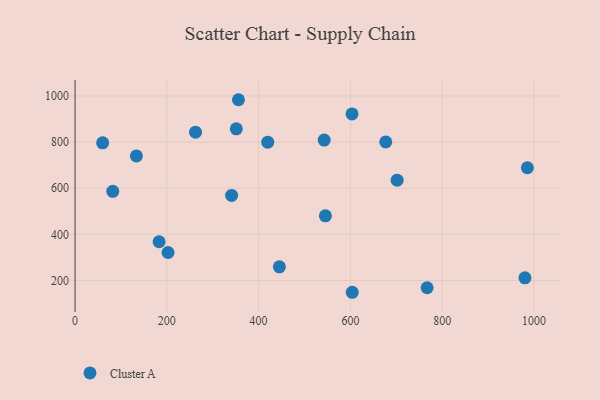
{"axis": {"x": "Distance", "y": "Salary"}, "legend": ["Cluster A"], "data": [{"x": "545.6", "y": 480.6, "type": "Cluster A"}, {"x": "603.6", "y": 921.8, "type": "Cluster A"}, {"x": "604.0", "y": 149.2, "type": "Cluster A"}, {"x": "341.2", "y": 568.9, "type": "Cluster A"}, {"x": "356.1", "y": 983.5, "type": "Cluster A"}, {"x": "677.1", "y": 800.5, "type": "Cluster A"}, {"x": "351.4", "y": 857.2, "type": "Cluster A"}, {"x": "133.7", "y": 739.8, "type": "Cluster A"}, {"x": "542.9", "y": 808.7, "type": "Cluster A"}, {"x": "82.2", "y": 586.7, "type": "Cluster A"}, {"x": "767.2", "y": 168.9, "type": "Cluster A"}, {"x": "202.7", "y": 321.5, "type": "Cluster A"}, {"x": "262.5", "y": 843.1, "type": "Cluster A"}, {"x": "183.1", "y": 368.1, "type": "Cluster A"}, {"x": "985.7", "y": 688.8, "type": "Cluster A"}, {"x": "980.4", "y": 211.8, "type": "Cluster A"}, {"x": "701.9", "y": 634.9, "type": "Cluster A"}, {"x": "445.3", "y": 259.3, "type": "Cluster A"}, {"x": "60.1", "y": 796.7, "type": "Cluster A"}, {"x": "419.9", "y": 799.4, "type": "Cluster A"}]}